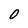
Character: O